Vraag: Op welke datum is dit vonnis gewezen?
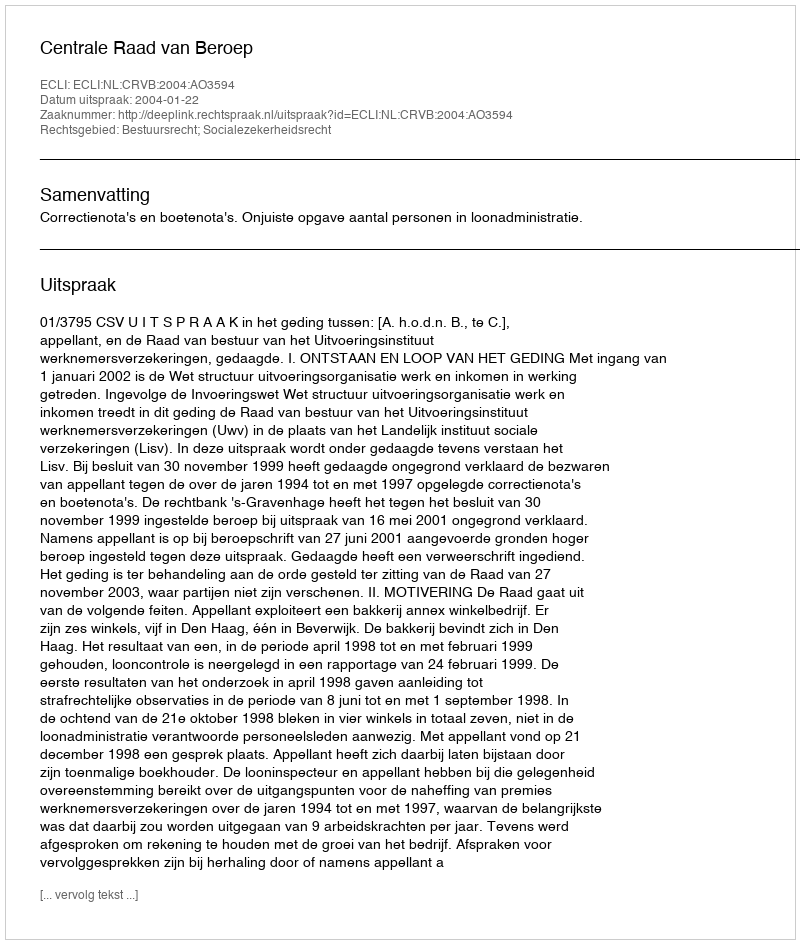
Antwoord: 2004-01-22